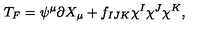
T _ { F } = \psi ^ { \mu } \partial X _ { \mu } + f _ { I J K } \chi ^ { I } \chi ^ { J } \chi ^ { K } ,